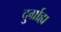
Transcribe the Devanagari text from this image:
दुर्ग्राह्य